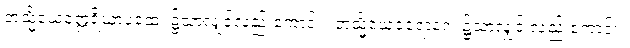
တသ္မိံယေဝဣရိယာပထေ၊ ၌သာလျှင်လည်းကောင်း။ တသ္မိံယေဝရောဂေ၊ ၌သာလျှင် လည်းကောင်း။